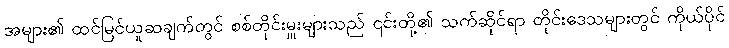
အများ၏ ထင်မြင်ယူဆချက်တွင် စစ်တိုင်းမှူးများသည် ၎င်းတို့၏ သက်ဆိုင်ရာ တိုင်းဒေသများတွင် ကိုယ်ပိုင်